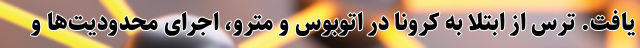
یافت. ترس از ابتلا به کرونا در اتوبوس و مترو، اجرای محدودیت‌ها و